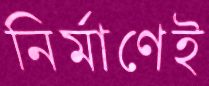
নির্মাণেই